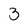
Character: 3